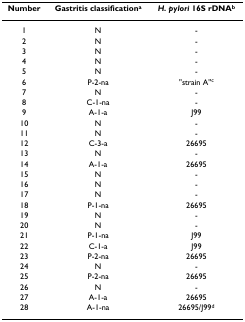
<table><thead><tr><td><b>Number</b></td><td><b>Gastritis classification<sup>a</sup></b></td><td><b><i>H. pylori </i>16S rDNA<sup>b</sup></b></td></tr></thead><tbody><tr><td>1</td><td>N</td><td>-</td></tr><tr><td>2</td><td>N</td><td>-</td></tr><tr><td>3</td><td>N</td><td>-</td></tr><tr><td>4</td><td>N</td><td>-</td></tr><tr><td>5</td><td>N</td><td>-</td></tr><tr><td>6</td><td>P-2-na</td><td>&quot;strain A&quot;<sup>c</sup></td></tr><tr><td>7</td><td>N</td><td>-</td></tr><tr><td>8</td><td>C-1-na</td><td>-</td></tr><tr><td>9</td><td>A-1-a</td><td>J99</td></tr><tr><td>10</td><td>N</td><td>-</td></tr><tr><td>11</td><td>N</td><td>-</td></tr><tr><td>12</td><td>C-3-a</td><td>26695</td></tr><tr><td>13</td><td>N</td><td>-</td></tr><tr><td>14</td><td>A-1-a</td><td>26695</td></tr><tr><td>15</td><td>N</td><td>-</td></tr><tr><td>16</td><td>N</td><td>-</td></tr><tr><td>17</td><td>N</td><td>-</td></tr><tr><td>18</td><td>P-1-na</td><td>26695</td></tr><tr><td>19</td><td>N</td><td>-</td></tr><tr><td>20</td><td>N</td><td>-</td></tr><tr><td>21</td><td>P-1-na</td><td>J99</td></tr><tr><td>22</td><td>C-1-a</td><td>J99</td></tr><tr><td>23</td><td>P-2-na</td><td>26695</td></tr><tr><td>24</td><td>N</td><td>-</td></tr><tr><td>25</td><td>P-2-na</td><td>26695</td></tr><tr><td>26</td><td>N</td><td>-</td></tr><tr><td>27</td><td>A-1-a</td><td>26695</td></tr><tr><td>28</td><td>A-1-na</td><td>26695/J99<sup>d</sup></td></tr></tbody></table>